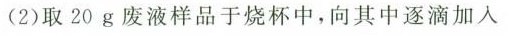
(2)取20g废液样品于烧杯中，向其中逐滴加入